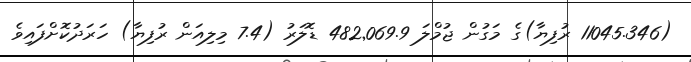
(11045.346 ރުފިޔާ)ގެ މަގުން ޖުމްލަ 482